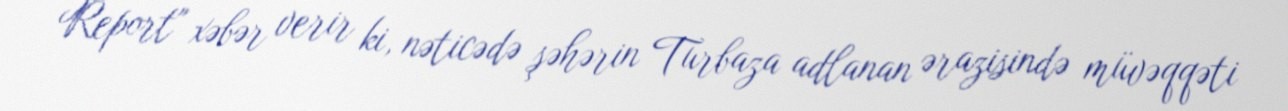
Report" xəbər verir ki, nəticədə şəhərin Turbaza adlanan ərazisində müvəqqəti